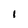
Character: I